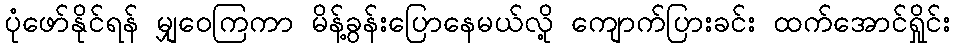
ပုံဖော်နိုင်ရန် မျှဝေကြကာ မိန့်ခွန်းပြောနေမယ်လို့ ကျောက်ပြားခင်း ထက်အောင်ရှိုင်း